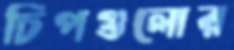
চিপগুলোর